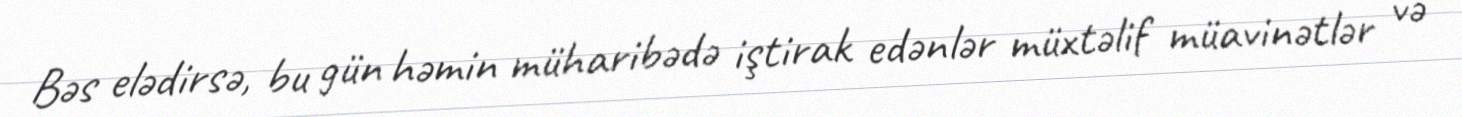
Bəs elədirsə, bu gün həmin müharibədə iştirak edənlər müxtəlif müavinətlər və